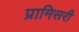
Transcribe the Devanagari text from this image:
प्रामिसरी